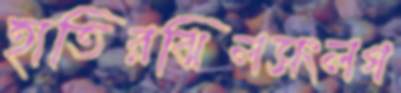
হাতিরঝিলসংলগ